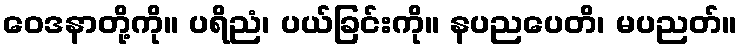
ဝေဒနာတို့ကို။ ပရိညံ၊ ပယ်ခြင်းကို။ နပညပေတိ၊ မပညတ်။